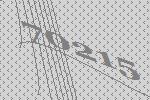
70215